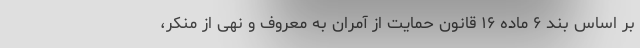
بر اساس بند ۶ ماده ۱۶ قانون حمایت از آمران به معروف و نهی از منکر،